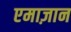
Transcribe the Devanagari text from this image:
एमाज़ान